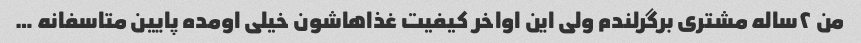
من ۲ساله‌ مشتری برگرلندم ولی این اواخر کیفیت غذاهاشون خیلی اومده پایین متاسفانه …